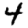
Digit: 4